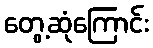
တွေ့ဆုံကြောင်း